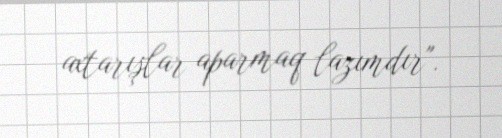
axtarışlar aparmaq lazımdır".